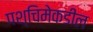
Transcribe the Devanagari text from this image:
पश्‍चिमेकडील